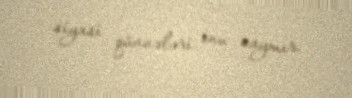
siyasi qüvvələri onu saymır.